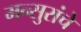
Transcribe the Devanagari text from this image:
मन्सुरांचे